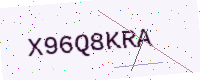
Text: X96Q8KRA